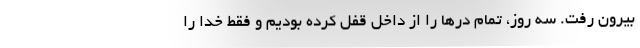
بیرون رفت. سه روز، تمام درها را از داخل قفل کرده بودیم و فقط خدا را